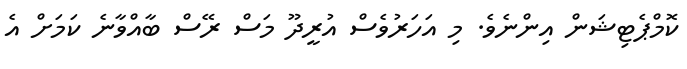
ކޮމްޕެޓިޝަން އިންނެވެ. މި އަހަރުވެސް އުރީދޫ މަސް ރޭސް ބާއްވާނެ ކަމަށް އެ